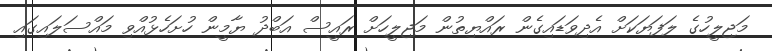
މަޖިލީހުގެ ލަފަޔަަކަށް އެދިވަޑައިގެން ރައްޔިތުން މަޖިލީހަށް ރައީސް އަބްދު ޔާމީން ހުށަހެޅުއްވި މައްސަލައިގައި